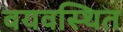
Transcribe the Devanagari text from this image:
वयवस्थित